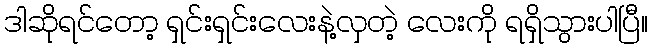
ဒါဆိုရင်တော့ ရှင်းရှင်းလေးနဲ့လှတဲ့ လေးကို ရရှိသွားပါပြီ။